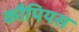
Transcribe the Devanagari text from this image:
कौपियस